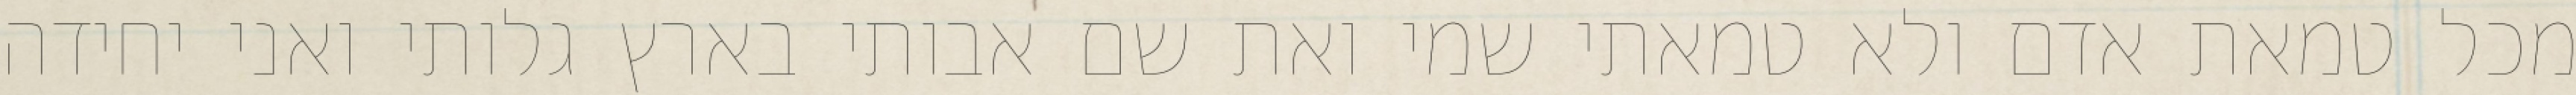
מכל טמאת אדם ולא טמאתי שמי ואת שם אבותי בארץ גלותי ואני יחידה